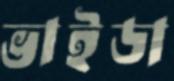
ভাইডা